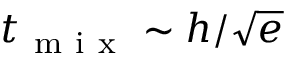
t _ { \mathrm { ~ m ~ i ~ x ~ } } \sim h / \sqrt { e }